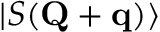
\mathinner { | { S ( \mathbf { Q } + \mathbf { q } ) } \rangle }